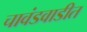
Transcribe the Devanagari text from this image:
चावंडवाडीत